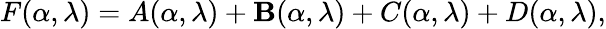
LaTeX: F(\alpha,\lambda)=A(\alpha,\lambda)+\mathbf{B}(\alpha,\lambda)+C(\alpha,\lambda)+D(\alpha,\lambda),